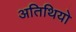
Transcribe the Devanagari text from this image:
अतिथियो